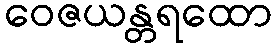
ဝေဇယန္တရထော